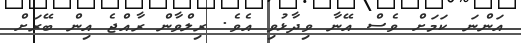
އަންނަ ކަމަށް ވެސް އޭނާ ވިދާޅުވި އެވެ. ރިލްވާން ރާއްޖެ އިން ބޭރަށް